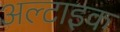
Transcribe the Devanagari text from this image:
अल्टाइक